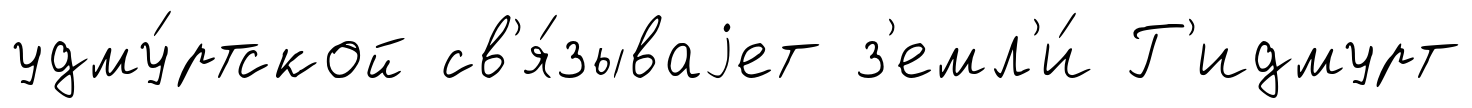
удму́ртской св'я́зываjет з'емл'и́ Г'идмурт